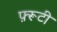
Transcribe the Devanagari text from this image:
फ़्रूटी